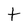
Character: t